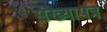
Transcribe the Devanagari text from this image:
संख्यापत्र